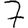
Digit: 7